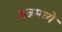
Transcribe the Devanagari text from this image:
अन्नमध्ये